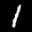
Label: 1